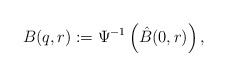
\begin{align*}B(q,r) := \Psi^{-1} \left(\hat{B}(0,r)\right),\end{align*}